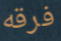
فرقه